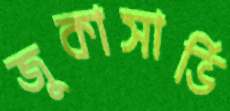
জুকাসার্ভি